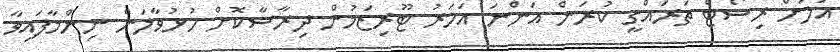
އަލަށް ރިސޯޓް ތަރައްގީ ކުރަން އަންނަ އަހަރު ޓޫރިޒަމުން ދިރާސާކޮށް ހުޅުވާލަން ނިންމާފައިވާ